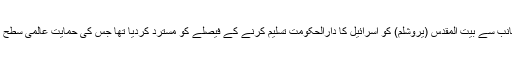
فلسطین نے ٹرمپ انتظامیہ کی جانب سے بیت المقدس (یروشلم) کو اسرائیل کا دارالحکومت تسلیم کرنے کے فیصلے کو مسترد کردیا تھا جس کی حمایت عالمی سطح پر دیگر ممالک نے بھی کی تھی۔